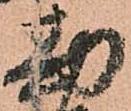
勘